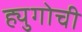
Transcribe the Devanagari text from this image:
ह्युगोची